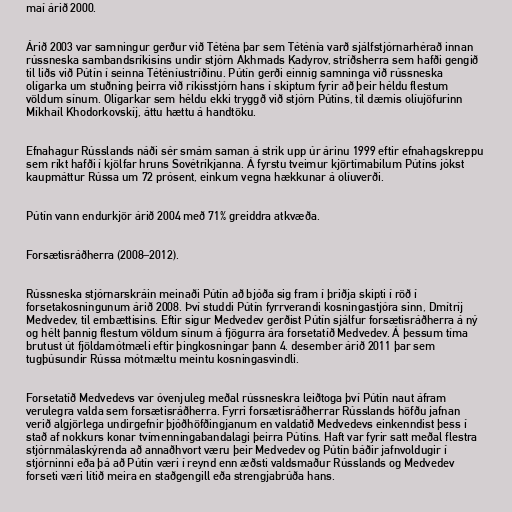
maí árið 2000.

Árið 2003 var samningur gerður við Téténa þar sem Téténía varð sjálfstjórnarhérað innan
rússneska sambandsríkisins undir stjórn Akhmads Kadyrov, stríðsherra sem hafði gengið
til liðs við Pútín í seinna Téténíustríðinu. Pútín gerði einnig samninga við rússneska
olígarka um stuðning þeirra við ríkisstjórn hans í skiptum fyrir að þeir héldu flestum
völdum sínum. Olígarkar sem héldu ekki tryggð við stjórn Pútíns, til dæmis olíujöfurinn
Míkhaíl Khodorkovskíj, áttu hættu á handtöku.

Efnahagur Rússlands náði sér smám saman á strik upp úr árinu 1999 eftir efnahagskreppu
sem ríkt hafði í kjölfar hruns Sovétríkjanna. Á fyrstu tveimur kjörtímabilum Pútíns jókst
kaupmáttur Rússa um 72 prósent, einkum vegna hækkunar á olíuverði.

Pútín vann endurkjör árið 2004 með 71% greiddra atkvæða.

Forsætisráðherra (2008–2012).

Rússneska stjórnarskráin meinaði Pútín að bjóða sig fram í þriðja skipti í röð í
forsetakosningunum árið 2008. Því studdi Pútín fyrrverandi kosningastjóra sinn, Dmítríj
Medvedev, til embættisins. Eftir sigur Medvedev gerðist Pútín sjálfur forsætisráðherra á ný
og hélt þannig flestum völdum sínum á fjögurra ára forsetatíð Medvedev. Á þessum tíma
brutust út fjöldamótmæli eftir þingkosningar þann 4. desember árið 2011 þar sem
tugþúsundir Rússa mótmæltu meintu kosningasvindli.

Forsetatíð Medvedevs var óvenjuleg meðal rússneskra leiðtoga því Pútín naut áfram
verulegra valda sem forsætisráðherra. Fyrri forsætisráðherrar Rússlands höfðu jafnan
verið algjörlega undirgefnir þjóðhöfðingjanum en valdatíð Medvedevs einkenndist þess í
stað af nokkurs konar tvímenningabandalagi þeirra Pútíns. Haft var fyrir satt meðal flestra
stjórnmálaskýrenda að annaðhvort væru þeir Medvedev og Pútín báðir jafnvoldugir í
stjórninni eða þá að Pútín væri í reynd enn æðsti valdsmaður Rússlands og Medvedev
forseti væri lítið meira en staðgengill eða strengjabrúða hans.